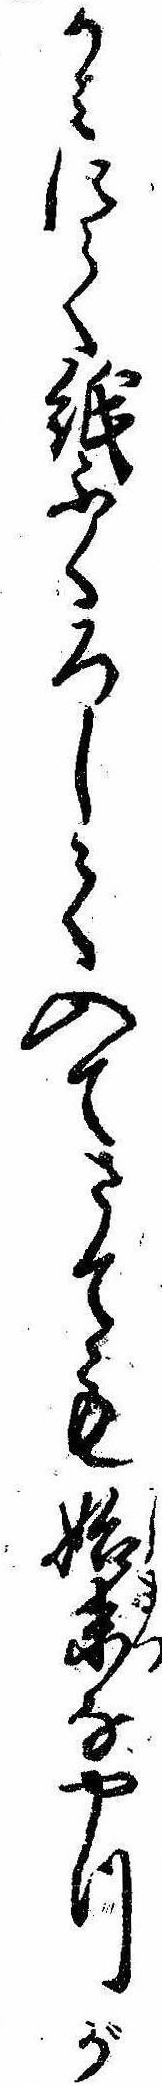
かみにて紙ふくろして入てさても始末なやつが